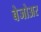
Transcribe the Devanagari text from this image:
बेजोअर